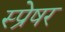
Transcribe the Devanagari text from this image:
स्प्रेषर